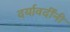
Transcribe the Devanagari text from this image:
दर्यावर्दींनी